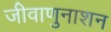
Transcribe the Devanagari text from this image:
जीवाणुनाशन